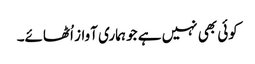
کوئی بھی نہیں ہے جو ہماری آواز اُٹھائے۔